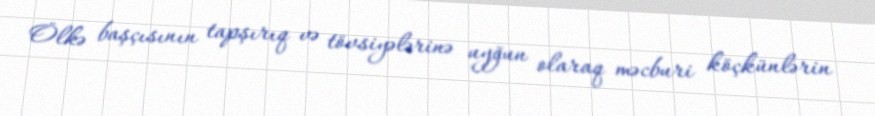
Ölkə başçısının tapşırıq və tövsiyələrinə uyğun olaraq məcburi köçkünlərin